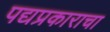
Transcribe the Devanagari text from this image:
पद्यप्रकाराचा